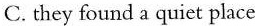
C. they found a quiet place